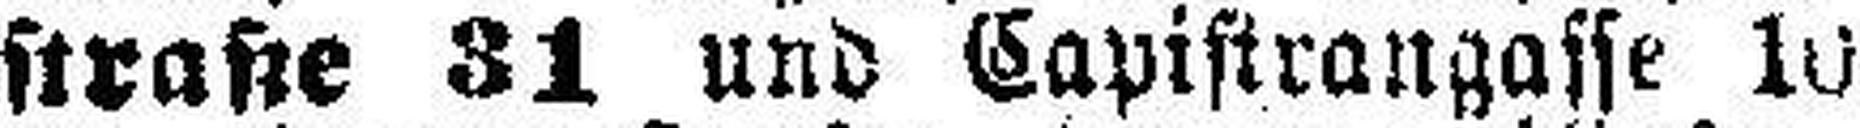
straße 31 und Capistrangasse 10